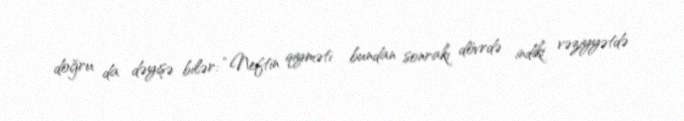
doğru da dəyişə bilər: “Neftin qiyməti bundan sonrakı dövrdə indiki vəziyyətdə